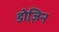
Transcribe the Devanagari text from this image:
डोज़िन